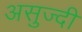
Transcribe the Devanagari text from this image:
असुज्दी